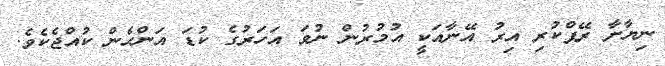
ނިޔާށާ ރޭޕްކުރި އިރު އޭނާއަކީ އުމުރުން ނުވަ އަހަރުގެ ކުޑަ އަންހެން ކުއްޖެކެވެ.